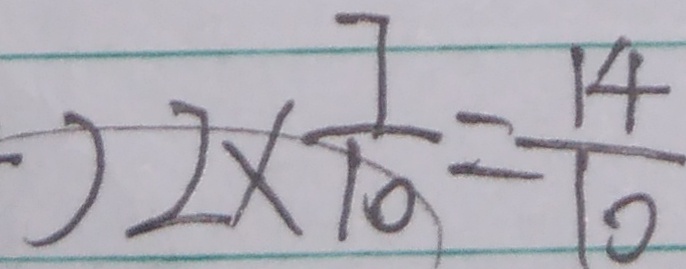
2 \times \frac { 7 } { 1 0 } = \frac { 1 4 } { 1 0 }